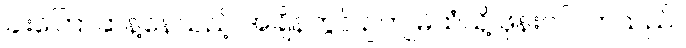
ခါးကြောဆန့်နေသည့် အချိန်တွင် ဥကျုမိထံသို့ ဖုန်းဝင်လာသည်။